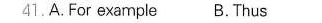
41.A.For axarnple B. Thus